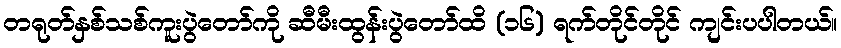
တရုတ်နှစ်သစ်ကူးပွဲတော်ကို ဆီမီးထွန်းပွဲတော်ထိ (၁၆) ရက်တိုင်တိုင် ကျင်းပပါတယ်။